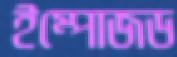
ইম্পোজড